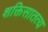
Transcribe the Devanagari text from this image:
शक्तिसातत्य